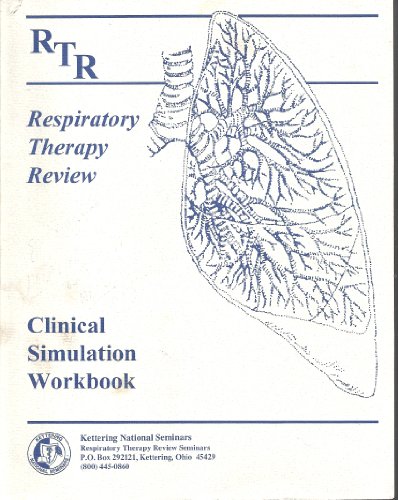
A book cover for Respiratory Therapy Review Clinical Simulation Workbook (Clinical Simulation Workbook); Medical Books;